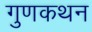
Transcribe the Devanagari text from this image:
गुणकथन